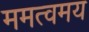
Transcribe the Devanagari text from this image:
ममत्वमय